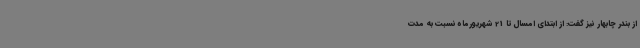
از بندر چابهار نیز گفت: از ابتدای امسال تا 21 شهریورماه نسبت به مدت